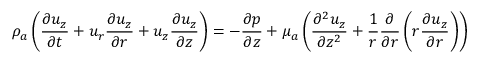
{ \rho } _ { a } \left( \frac { { \partial } { u } _ { z } } { { \partial } t } + { u } _ { r } \frac { { \partial } { u } _ { z } } { { \partial } r } + { u } _ { z } \frac { { \partial } { u } _ { z } } { { \partial } z } \right) = - \frac { { \partial } { p } } { { \partial } z } + { \mu } _ { a } \left( \frac { { \partial } ^ { 2 } { u } _ { z } } { { \partial } { z } ^ { 2 } } + \frac { 1 } { r } \frac { { \partial } } { { \partial } r } \left( r \frac { { \partial } { u } _ { z } } { { \partial } r } \right) \right)